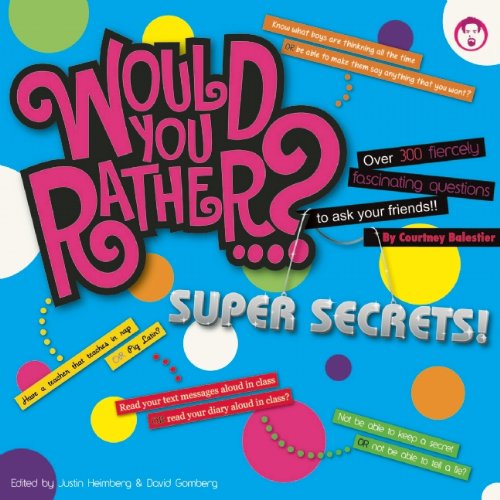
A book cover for Would You Rather...? Super Secrets!: Over 300 Fiercely Fascinating Questions to Ask Your Friends; Courtney Balestier; Humor & Entertainment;